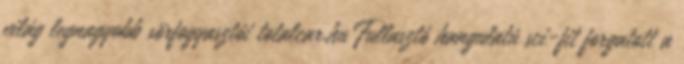
világ legnagyobb sörfogyasztói totalcar.hu Fullasztó hangulatú sci-fit forgatott a